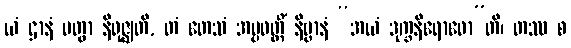
ယံ ဌာနံ ပတွာ နိရုဇ္ဈတိ, တံ တေသံ အပ္ပဝတ္တိံ နိဗ္ဗာနံ “အယံ ဒုက္ခနိရောဓော”တိ၊ တဿ စ